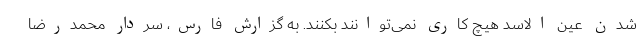
شدن عین الاسد هیچ کاری نمی‌توانند بکنند. به گزارش فارس، سردار محمدرضا